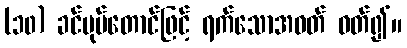
(၁၀) ခင်ပုပ်တောင်ဖြင့် ရက်သောအဝတ် ဝတ်၍။